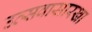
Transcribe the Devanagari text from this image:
उत्सवासारखा